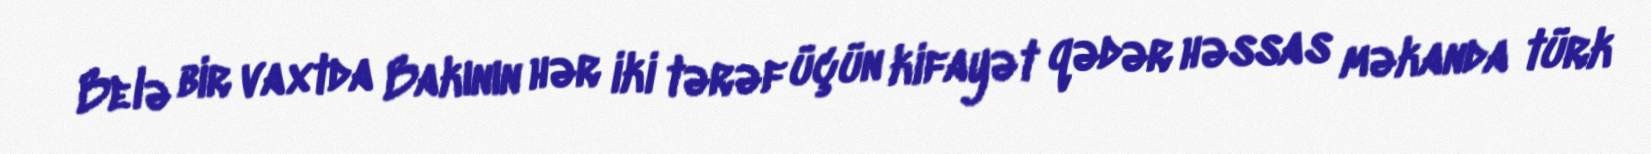
Belə bir vaxtda Bakının hər iki tərəf üçün kifayət qədər həssas məkanda türk